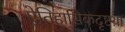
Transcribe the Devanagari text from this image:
ऐतिहासिकदृष्टय़ा